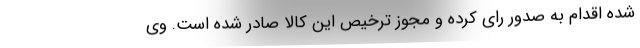
شده اقدام به صدور رای کرده و مجوز ترخیص این کالا صادر شده است. وی